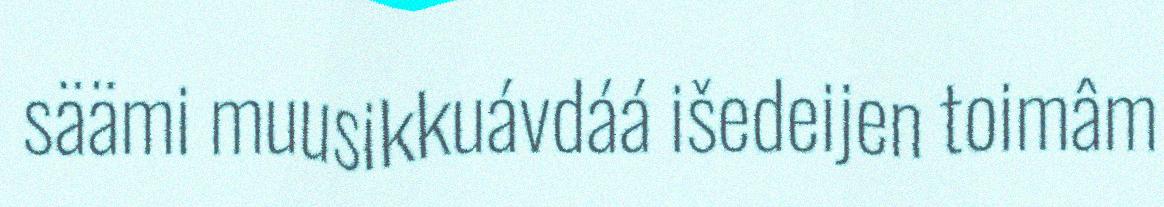
säämi muusikkuávdáá išedeijen toimâm